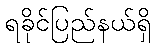
ရခိုင်ပြည်နယ်ရှိ